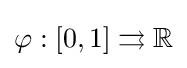
\varphi :[0,1]\rightrightarrows \mathbb {R}